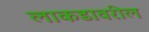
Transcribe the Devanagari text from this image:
लाकडावरील